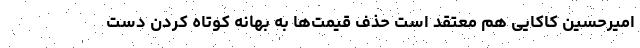
امیرحسین کاکایی هم معتقد است حذف قیمت‌ها به بهانه کوتاه کردن دست